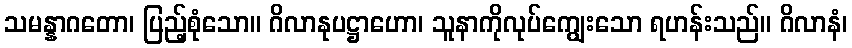
သမန္နာဂတော၊ ပြည့်စုံသော။ ဂိလာနုပဋ္ဌာဟော၊ သူနာကိုလုပ်ကျွေးသော ရဟန်းသည်။ ဂိလာနံ၊